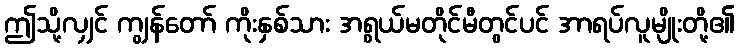
ဤသို့လျှင် ကျွန်တော် ကိုးနှစ်သား အရွယ်မတိုင်မီတွင်ပင် အာရပ်လူမျိုးတို့၏